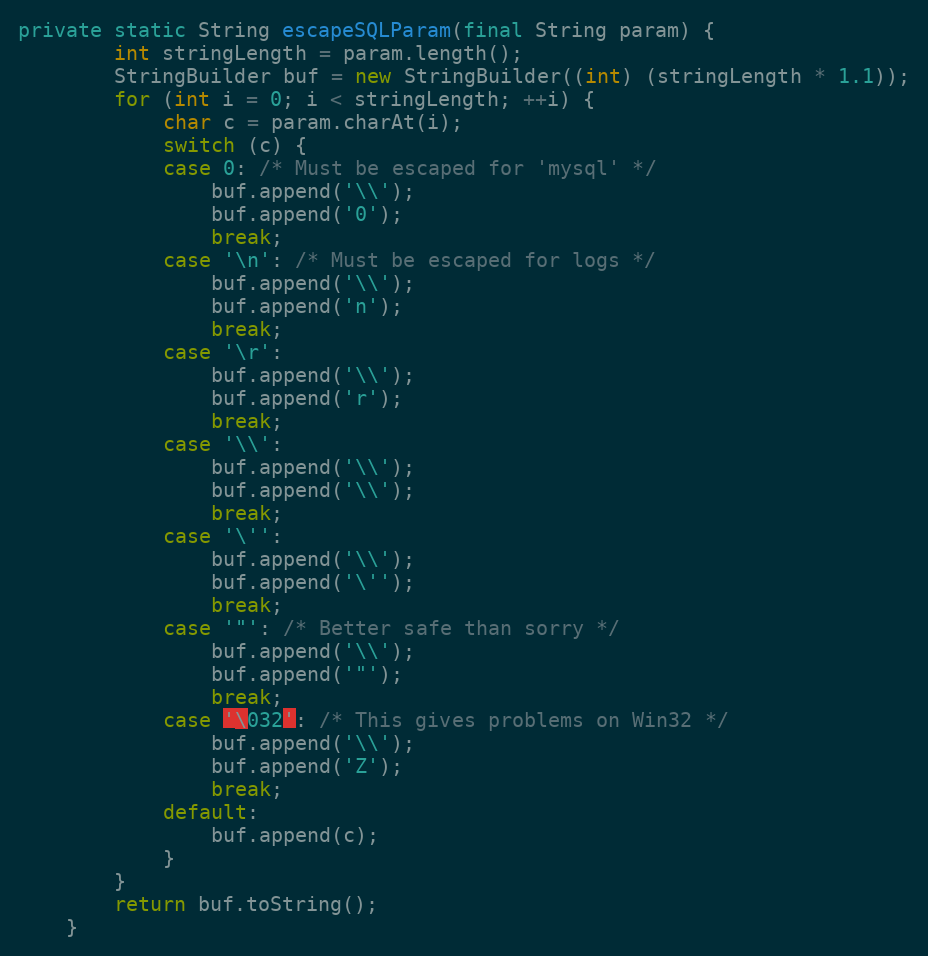
Language: Java
private static String escapeSQLParam(final String param) {
		int stringLength = param.length();
		StringBuilder buf = new StringBuilder((int) (stringLength * 1.1));
		for (int i = 0; i < stringLength; ++i) {
			char c = param.charAt(i);
			switch (c) {
			case 0: /* Must be escaped for 'mysql' */
				buf.append('\\');
				buf.append('0');
				break;
			case '\n': /* Must be escaped for logs */
				buf.append('\\');
				buf.append('n');
				break;
			case '\r':
				buf.append('\\');
				buf.append('r');
				break;
			case '\\':
				buf.append('\\');
				buf.append('\\');
				break;
			case '\'':
				buf.append('\\');
				buf.append('\'');
				break;
			case '"': /* Better safe than sorry */
				buf.append('\\');
				buf.append('"');
				break;
			case '\032': /* This gives problems on Win32 */
				buf.append('\\');
				buf.append('Z');
				break;
			default:
				buf.append(c);
			}
		}
		return buf.toString();
	}